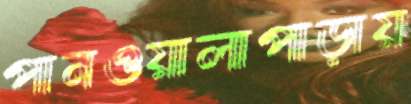
পানওয়ালাপাড়ায়